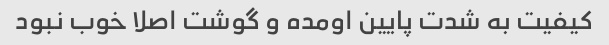
کیفیت به شدت پایین اومده و گوشت اصلا خوب نبود